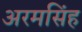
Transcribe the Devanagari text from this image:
अरमसिंह